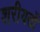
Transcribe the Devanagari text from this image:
शरीयतों